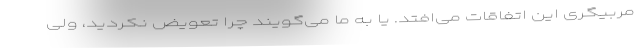
مربیگری این اتفاقات می‌افتد. یا به ما می‌گویند چرا تعویض نکردید، ولی